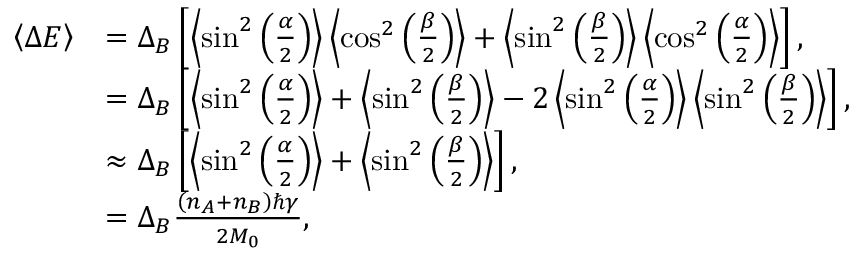
\begin{array} { r l } { \left\langle { \Delta E } \right\rangle } & { = \Delta _ { B } \left[ \left\langle { \sin ^ { 2 } \left( \frac { \alpha } { 2 } \right) } \right\rangle \left\langle { \cos ^ { 2 } \left( \frac { \beta } { 2 } \right) } \right\rangle + \left\langle { \sin ^ { 2 } \left( \frac { \beta } { 2 } \right) } \right\rangle \left\langle { \cos ^ { 2 } \left( \frac { \alpha } { 2 } \right) } \right\rangle \right] , } \\ & { = \Delta _ { B } \left[ \left\langle { \sin ^ { 2 } \left( \frac { \alpha } { 2 } \right) } \right\rangle + \left\langle { \sin ^ { 2 } \left( \frac { \beta } { 2 } \right) } \right\rangle - 2 \left\langle { \sin ^ { 2 } \left( \frac { \alpha } { 2 } \right) } \right\rangle \left\langle { \sin ^ { 2 } \left( \frac { \beta } { 2 } \right) } \right\rangle \right] , } \\ & { \approx \Delta _ { B } \left[ \left\langle { \sin ^ { 2 } \left( \frac { \alpha } { 2 } \right) } \right\rangle + \left\langle { \sin ^ { 2 } \left( \frac { \beta } { 2 } \right) } \right\rangle \right] , } \\ & { = \Delta _ { B } \frac { \left( n _ { A } + n _ { B } \right) \hbar \gamma } { 2 M _ { 0 } } , } \end{array}